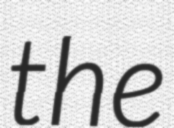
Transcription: the